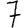
Digit: 7